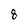
Character: 8